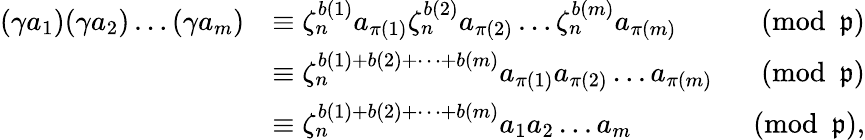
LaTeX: {\begin{array}{rlr}{(\gamma a_{1})(\gamma a_{2})\dots(\gamma a_{m})}&{\equiv{\zeta_{n}^{b(1)}a_{\pi(1)}}{\zeta_{n}^{b(2)}a_{\pi(2)}}\dots{\zeta_{n}^{b(m)}a_{\pi(m)}}}&{{\pmod{\mathfrak{p}}}}\\ &{\equiv\zeta_{n}^{b(1)+b(2)+\dots+b(m)}a_{\pi(1)}a_{\pi(2)}\dots a_{\pi(m)}}&{{\pmod{\mathfrak{p}}}}\\ &{\equiv\zeta_{n}^{b(1)+b(2)+\dots+b(m)}a_{1}a_{2}\dots a_{m}}&{{\pmod{\mathfrak{p}}},}\end{array}}